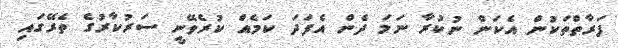
ފަރާތްތަކުން އެކަން ނުކުރާ ނަމަ ދެން އެފަދަ ކަމެއް ކުރެވޭނީ ސަރުކާރުގެ ތެރޭގައި